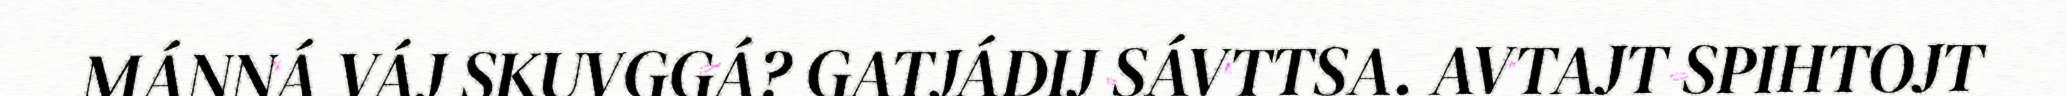
MÁNNÁ VÁJ SKUVGGÁ? GATJÁDIJ SÁVTTSA. AVTAJT SPIHTOJT